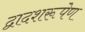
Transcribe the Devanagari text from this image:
द्वादशरूपेण